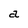
Character: a